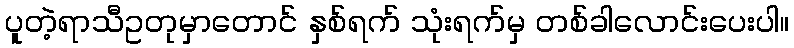
ပူတဲ့ရာသီဥတုမှာတောင် နှစ်ရက် သုံးရက်မှ တစ်ခါလောင်းပေးပါ။